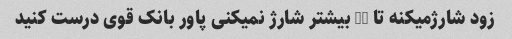
زود شارژمیکنه تا 40 بیشتر شارژ نمیکنی پاور بانک قوی درست کنید